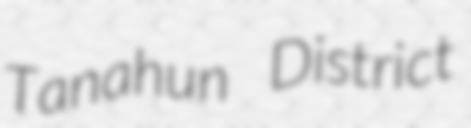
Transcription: Tanahun District